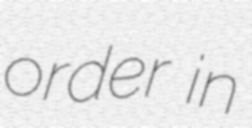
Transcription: order in